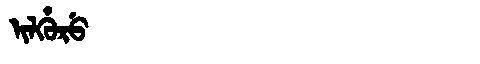
Manchu: ᡳᠯᡥᡠᡵᡠ
Romanization: ILHURU